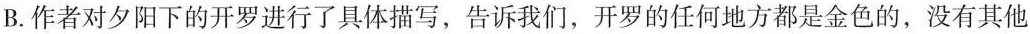
B.作者对夕阳下的开罗进行了具体描写，告诉我们，开罗的任何地方都是金色的，没有其他